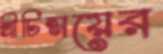
শ্রীচিন্ময়ের